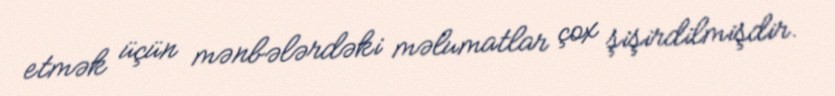
etmək üçün mənbələrdəki məlumatlar çox şişirdilmişdir.